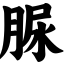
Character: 脲